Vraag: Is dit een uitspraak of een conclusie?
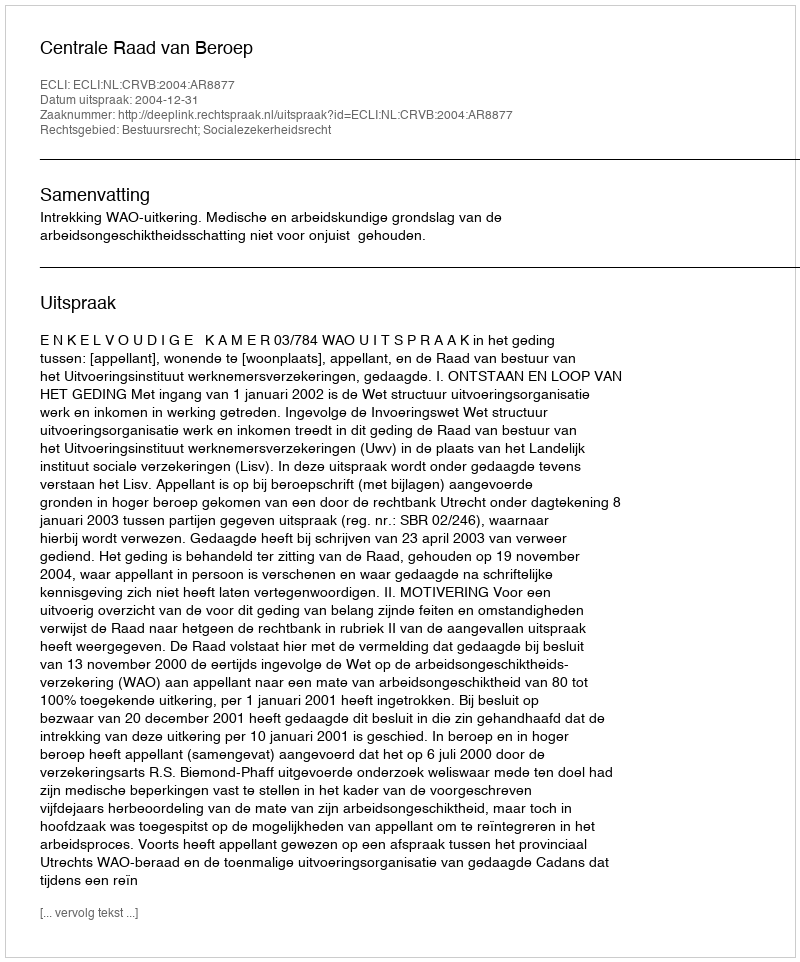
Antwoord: Uitspraak